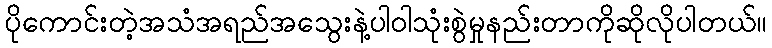
ပိုကောင်းတဲ့အသံအရည်အသွေးနဲ့ပါဝါသုံးစွဲမှုနည်းတာကိုဆိုလိုပါတယ်။